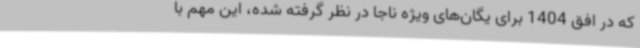
که در افق 1404 برای یگان‌های ویژه ناجا در نظر گرفته شده، این مهم با